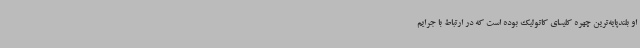
او بلندپایه‌ترین چهره کلیسای کاتولیک بوده است که در ارتباط با جرایم